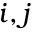
i , j